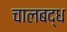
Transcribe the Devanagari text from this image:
चालबद्ध